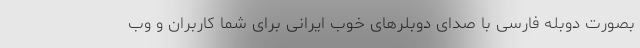
بصورت دوبله فارسی با صدای دوبلرهای خوب ایرانی برای شما کاربران و وب